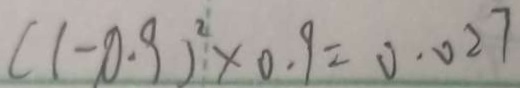
( 1 - 0 . 9 ) ^ { 2 } \times 0 . 9 = 0 . 0 2 7